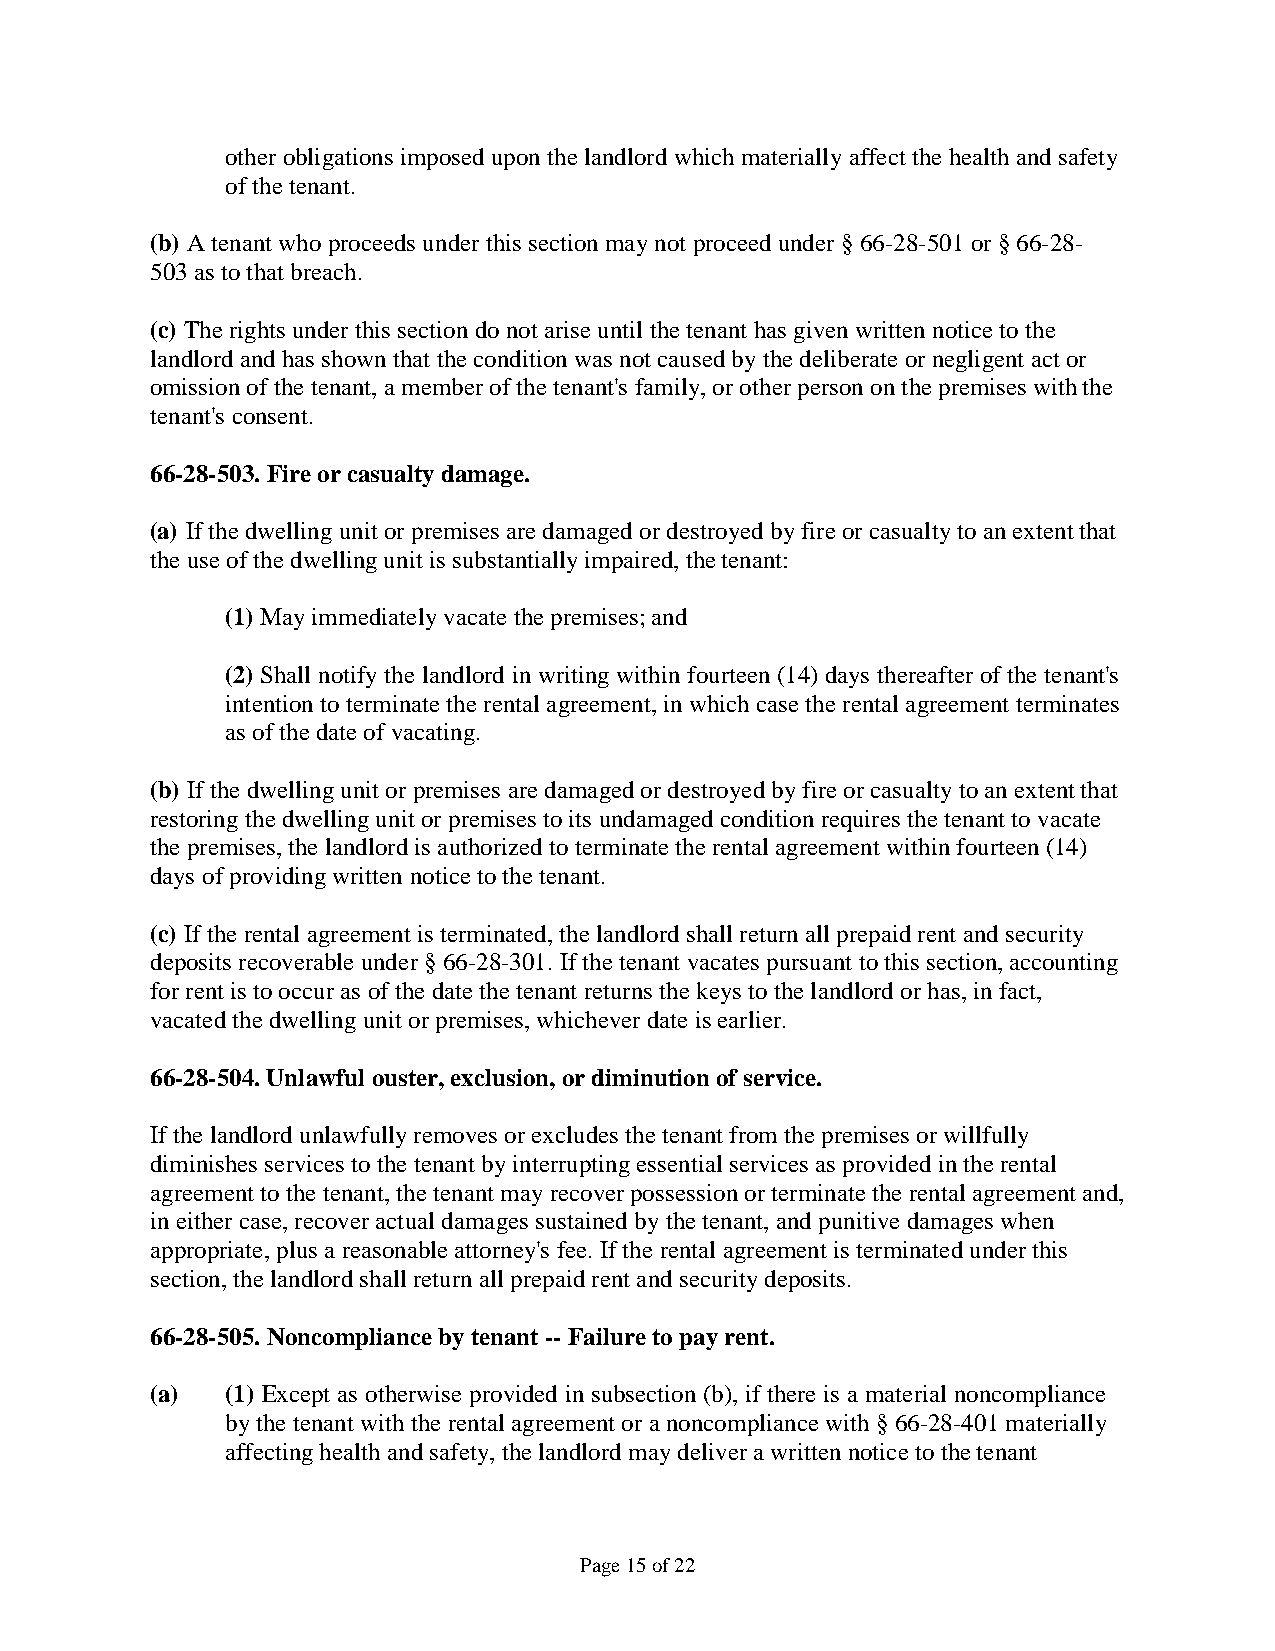
other obligations imposed upon the landlord which materially affect the health and safety
 of the tenant.
 (b) A tenant who proceeds under this section may not proceed under § 66-28-501 or § 66-28-
 503 as to that breach.
 (c) The rights under this section do not arise until the tenant has given written notice to the
 landlord and has shown that the condition was not caused by the deliberate or negligent act or
 omission of the tenant, a member of the tenant's family, or other person on the premises with the
 tenant's consent.
 66-28-503. Fire or casualty damage.
 (a) If the dwelling unit or premises are damaged or destroyed by fire or casualty to an extent that
 the use of the dwelling unit is substantially impaired, the tenant:
 (1) May immediately vacate the premises; and
 (2) Shall notify the landlord in writing within fourteen (14) days thereafter of the tenant's
 intention to terminate the rental agreement, in which case the rental agreement terminates
 as of the date of vacating.
 (b) If the dwelling unit or premises are damaged or destroyed by fire or casualty to an extent that
 restoring the dwelling unit or premises to its undamaged condition requires the tenant to vacate
 the premises, the landlord is authorized to terminate the rental agreement within fourteen (14)
 days of providing written notice to the tenant.
 (c) If the rental agreement is terminated, the landlord shall return all prepaid rent and security
 deposits recoverable under § 66-28-301. If the tenant vacates pursuant to this section, accounting
 for rent is to occur as of the date the tenant returns the keys to the landlord or has, in fact,
 vacated the dwelling unit or premises, whichever date is earlier.
 66-28-504. Unlawful ouster, exclusion, or diminution of service.
 If the landlord unlawfully removes or excludes the tenant from the premises or willfully
 diminishes services to the tenant by interrupting essential services as provided in the rental
 agreement to the tenant, the tenant may recover possession or terminate the rental agreement and,
 in either case, recover actual damages sustained by the tenant, and punitive damages when
 appropriate, plus a reasonable attorney's fee. If the rental agreement is terminated under this
 section, the landlord shall return all prepaid rent and security deposits.
 66-28-505. Noncompliance by tenant -- Failure to pay rent.
 (a)  (1) Except as otherwise provided in subsection (b), if there is a material noncompliance
 by the tenant with the rental agreement or a noncompliance with § 66-28-401 materially
 affecting health and safety, the landlord may deliver a written notice to the tenant
 Page 15 of 22